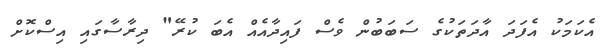
އެކަމަކު އެފަދަ އާދަތަކުގެ ސަބަބުން ވެސް ފައިދާއެއް އެބަ ކުރޭ" ދިރާސާގައި އިސްކޮށް